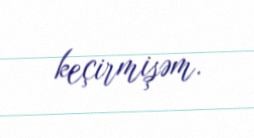
keçirmişəm.